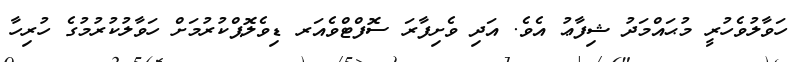
ހަވާލުވެހުރީ މުޙައްމަދު ޝިފާޢު އެވެ. އަދި ވެށިފާރަ ސޮފްޓްވެއަރ ޑިވެލޮޕްކުރުމަށް ހަވާލުކުރުމުގެ ހުރިހާ